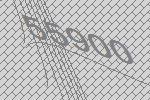
55900